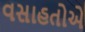
વસાહતોએ